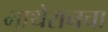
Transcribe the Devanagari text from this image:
माथेरानचा